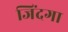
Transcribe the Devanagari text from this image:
जिंदगा